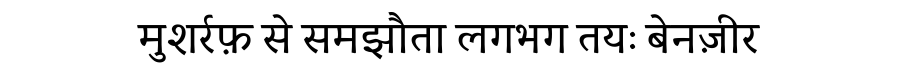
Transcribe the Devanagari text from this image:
मुशर्रफ़ से समझौता लगभग तयः बेनज़ीर